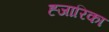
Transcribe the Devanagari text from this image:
ह्जारिका